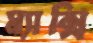
ম্যাক্সি